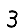
Digit: 3